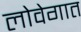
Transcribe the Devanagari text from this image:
लोवेगात